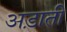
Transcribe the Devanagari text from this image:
अड़ाती